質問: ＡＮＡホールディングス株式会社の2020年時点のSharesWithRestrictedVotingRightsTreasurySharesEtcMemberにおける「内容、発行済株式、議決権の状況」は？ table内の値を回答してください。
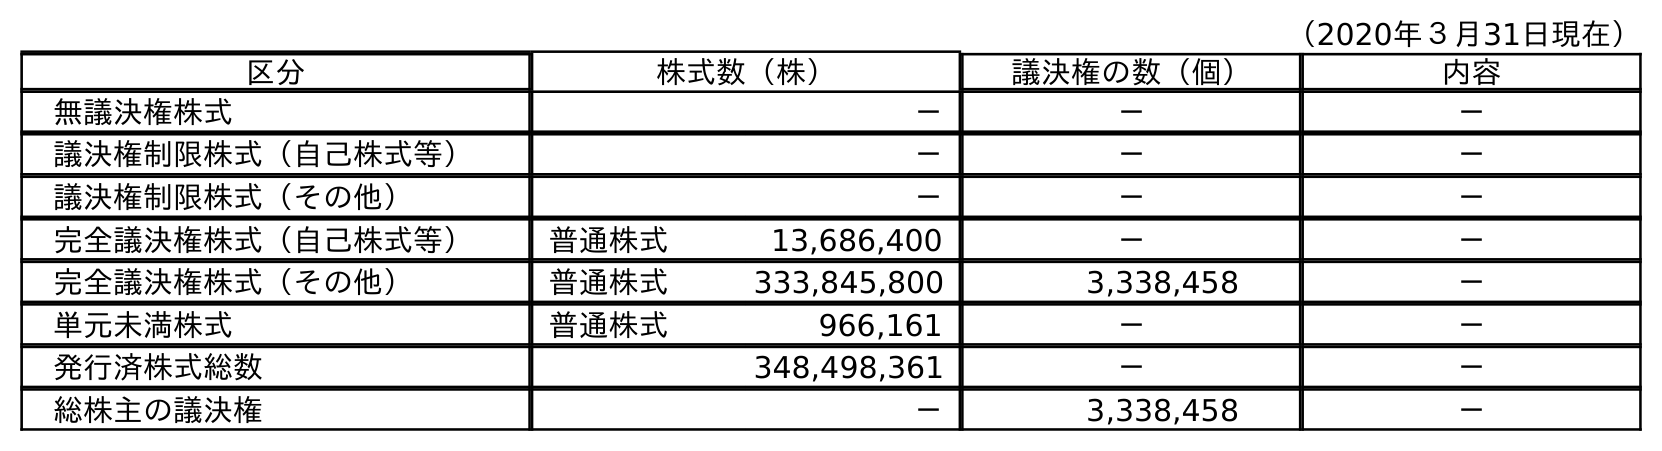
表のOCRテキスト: （2020年３月31日現在） 区分 株式数（株） 議決権の数（個） 内容 無議決権株式 － － － 議決権制限株式（自己株式等） － － － 議決権制限株式（その他） － － － 完全議決権株式（自己株式等） 普通株式 13,686,400 － － 完全議決権株式（その他） 普通株式 333,845,800 3,338,458 － 単元未満株式 普通株式 966,161 － － 発行済株式総数 348,498,361 － － 総株主の議決権 － 3,338,458 －
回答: －